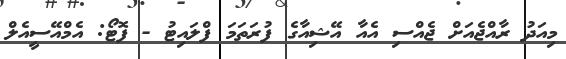
މިއަދު ރާއްޖެއަށް ޖެއްސި އެއާ އޭޝިއާގެ ފުރަތަމަ ފްލައިޓު - ފޮޓޯ: އެމްއޭސީއެލް